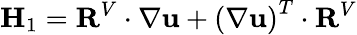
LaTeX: \mathbf{H}_{1}=\mathbf{R}^{V}\cdot\nabla\mathbf{u}+\left(\nabla\mathbf{u}\right)^{T}\cdot\mathbf{R}^{V}